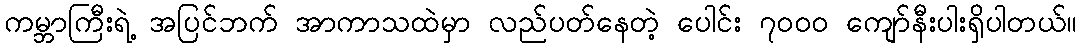
ကမ္ဘာကြီးရဲ့ အပြင်ဘက် အာကာသထဲမှာ လည်ပတ်နေတဲ့ ပေါင်း ၇၀၀၀ ကျော်နီးပါးရှိပါတယ်။